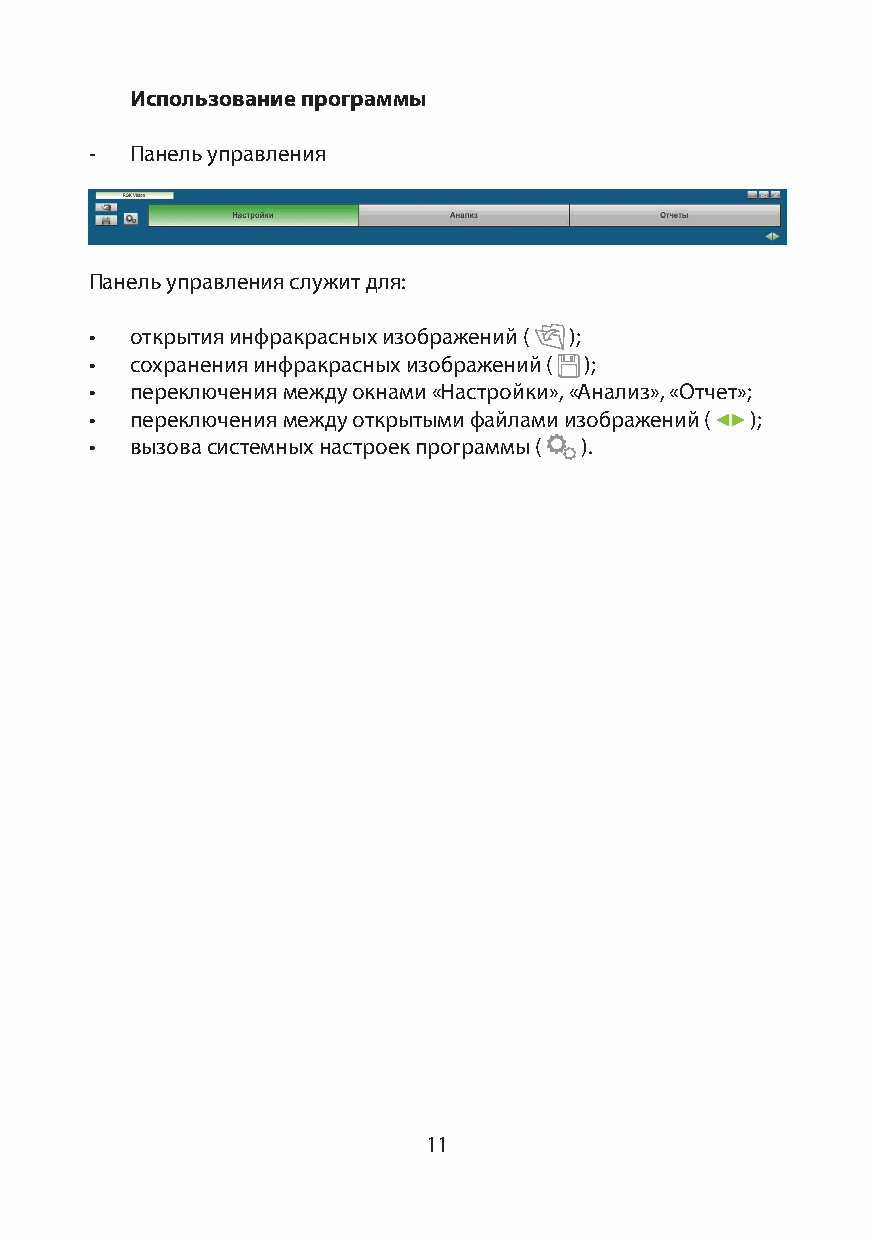
Использование программы
 -  Панель управления
 Панель управления служит для:
 •  открытия инфракрасных изображений ( );
 •  сохранения инфракрасных изображений ( );
 •  переключения между окнами «Настройки», «Анализ», «Отчет»;
 •  переключения между открытыми файлами изображений ( );
 •  вызова системных настроек программы ( ).
 11